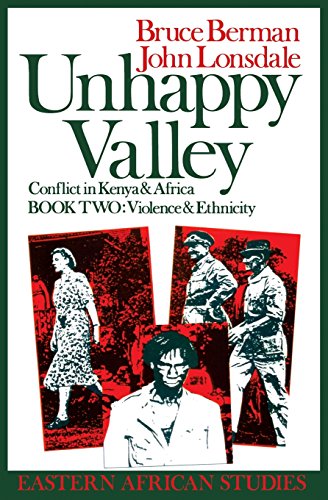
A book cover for Unhappy Valley: Conflict in Kenya & Africa, Book 2: Violence & Ethnicity (Eastern African Studies) (Book II); Bruce Berman; History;